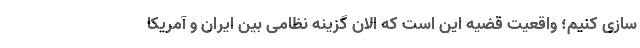
سازی کنیم؛ واقعیت قضیه این است که الان گزینه نظامی بین ایران و آمریکا